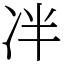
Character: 冸